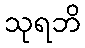
သုရဘိ